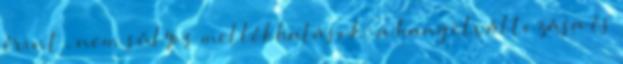
érint , nem súlyos mellékhatások: a hang elváltozása és